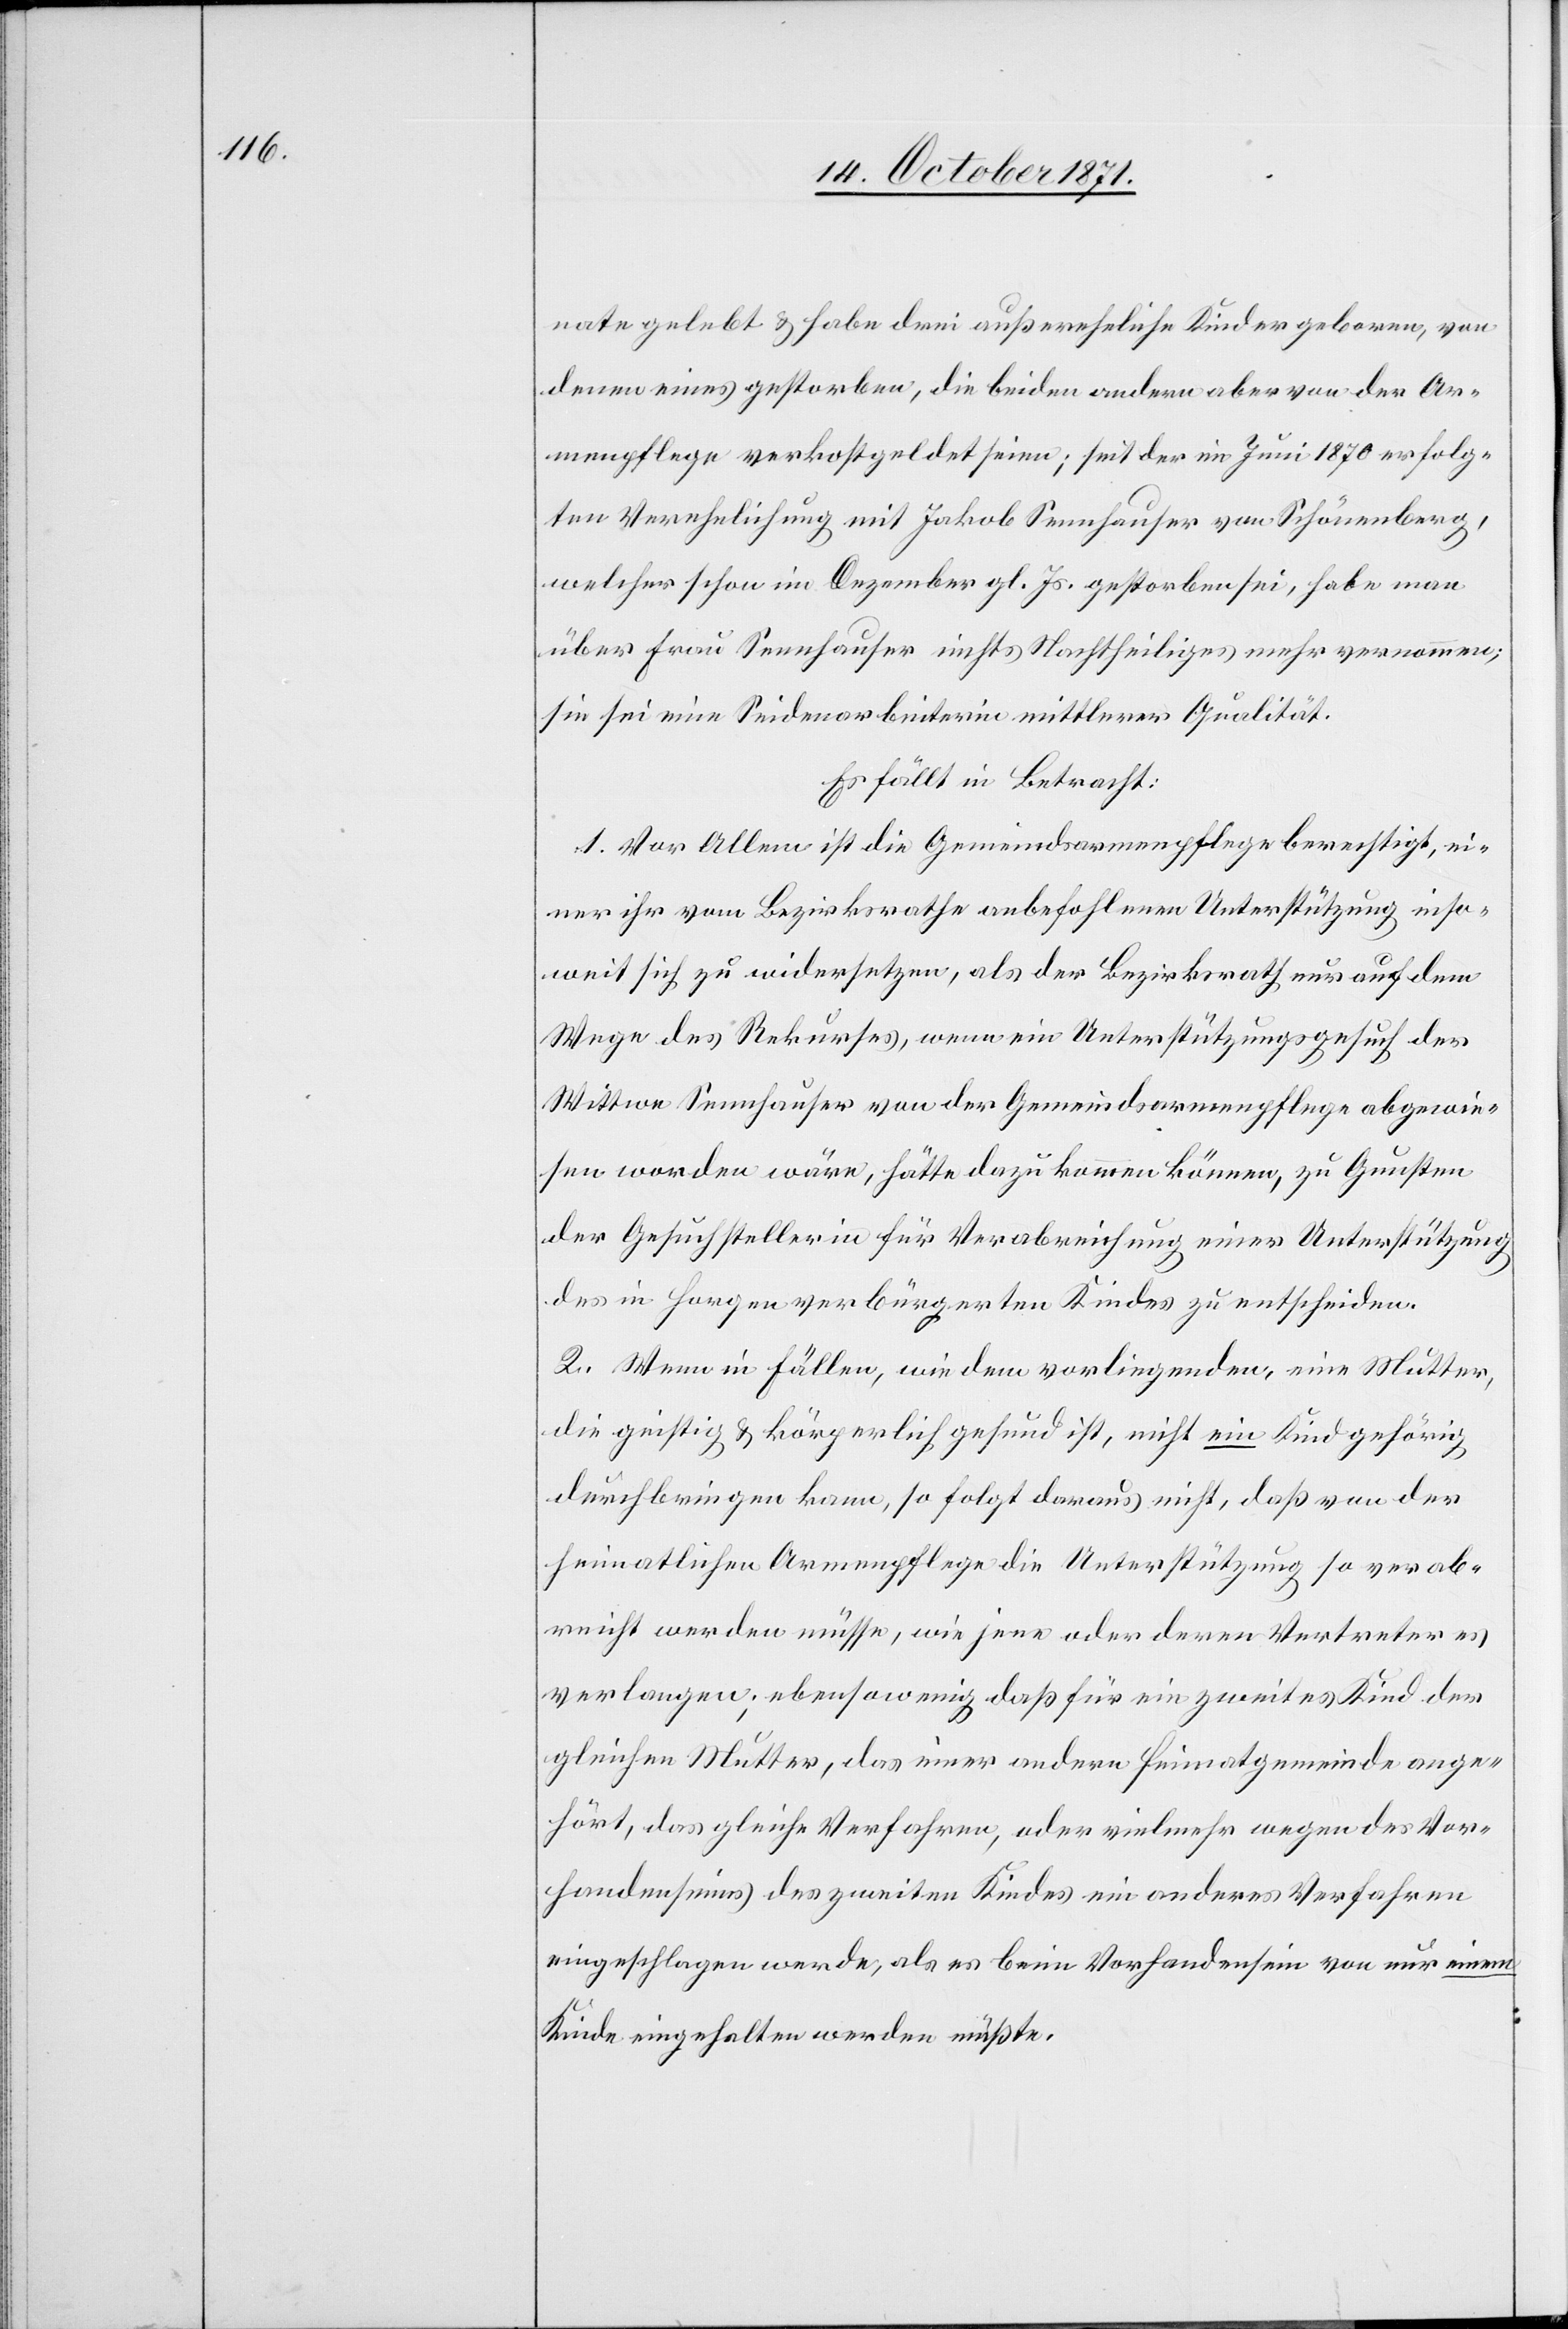
nate gelebt & habe drei außereheliche Kinder geboren, von
denen eines gestorben, die beiden andern aber von der Ar¬
menpflege verkostgeldet seien; seit der im Juni 1870 erfolg¬
ten Verehelichung mit Jakob Sennhauser von Schönenberg,
welcher schon im Dezember gl. Js. gestorben sei, habe man
über Frau Sennhauser nichts Nachtheiliges mehr vernommen;
sie sei eine Seidenarbeiterin mittlerer Qualität.
Es fällt in Betracht:
1. Vor Allem ist die Gemeindsarmenpflege berechtigt, ei¬
ner ihr vom Bezirksrathe anbefohlenen Unterstützung inso¬
weit sich zu widersetzen, als der Bezirksrath nur auf dem
Wege des Rekurses, wenn ein Unterstützungsgesuch der
Wittwe Sennhauser von der Gemeindsarmenpflege abgewie¬
sen worden wäre, hätte dazu kommen können, zu Gunsten
der Gesuchstellerin für Verabreichung einer Unterstützung
der in Horgen verbürgerten Kinder zu entscheiden.
2. Wenn in Fällen, wie dem vorliegenden, eine Mutter,
die geistig & körperlich gesund ist, nicht ein Kind gehörig
durchbringen kann, so folgt daraus nicht, daß von der
heimatlichen Armenpflege die Unterstützung so verab¬
reicht werden müsse, wie jene oder deren Vertreter es
verlangen; ebenso wenig daß für ein zweites Kind der
gleichen Mutter, das einer andern Heimatgemeinde ange¬
hört, das gleiche Verfahren, oder vielmehr wegen des Vor¬
handenseins des zweiten Kindes ein anderes Verfahren
eingeschlagen werde, als es beim Vorhandensein von nur einem
Kinde eingehalten werden müßte.